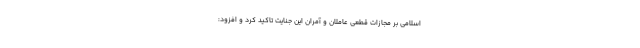
اسلامی بر مجازات قطعی عاملان و آمران این جنایت تاکید کرد و افزود: